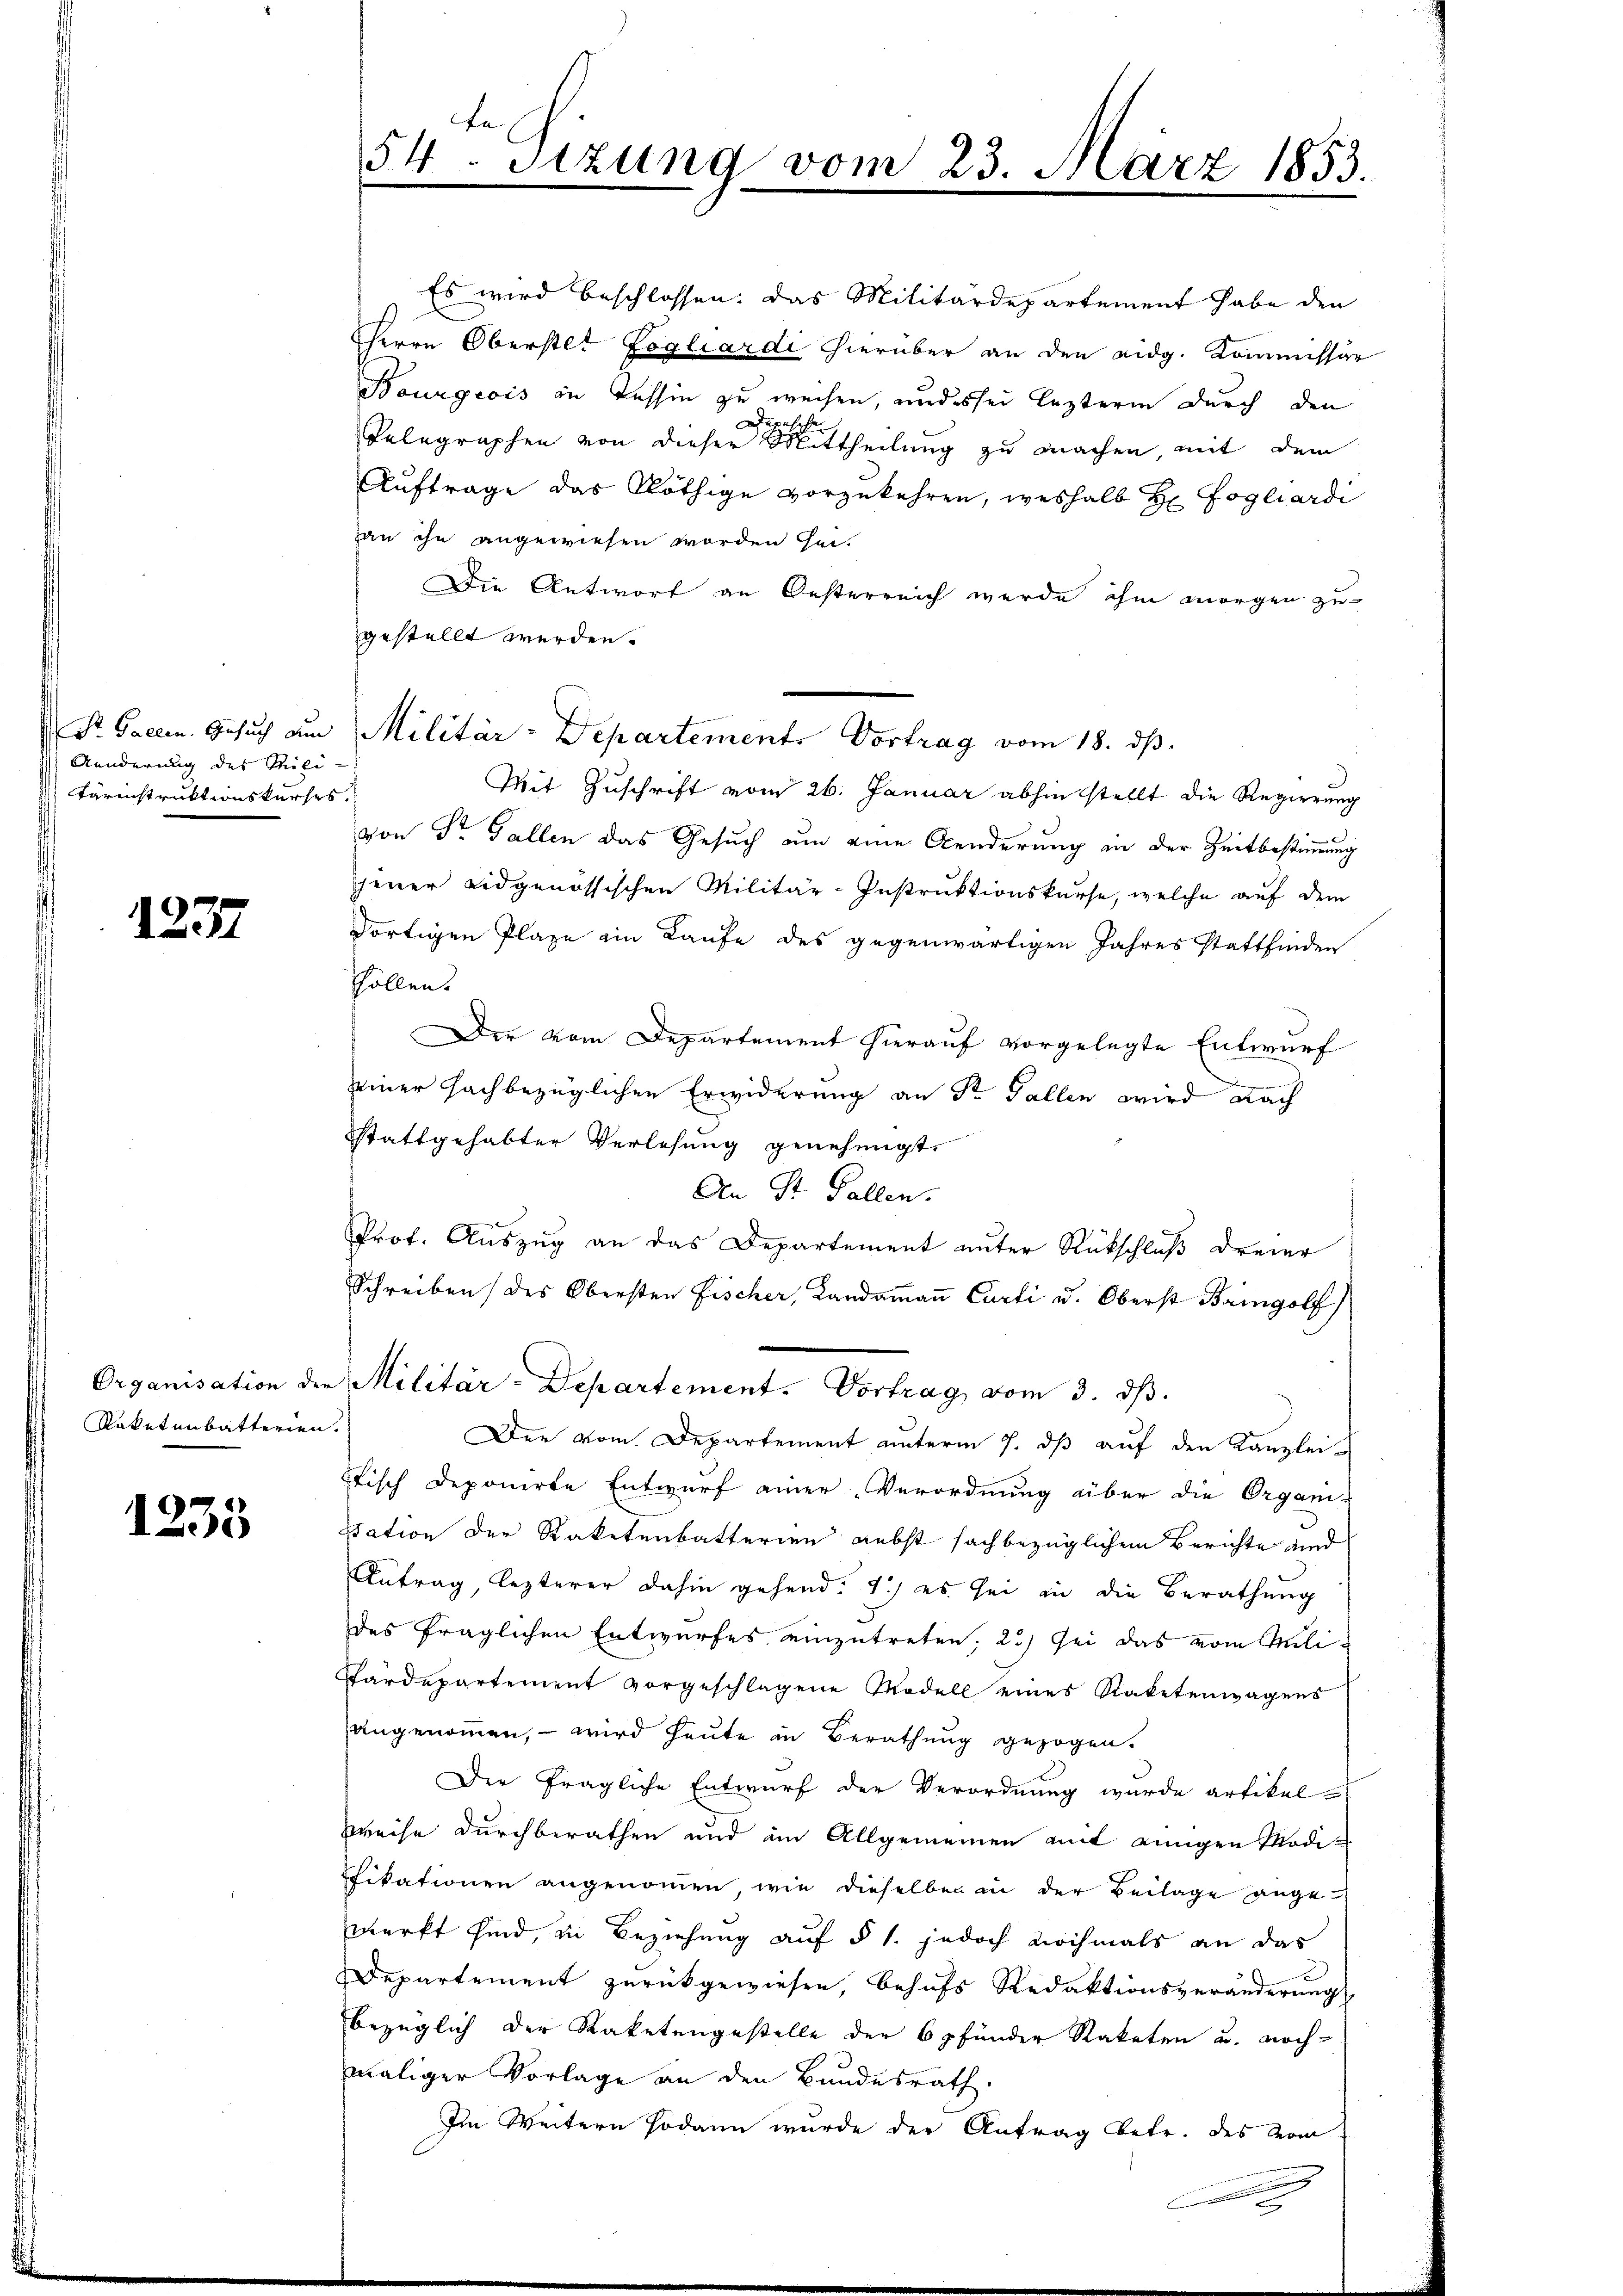
Aenderung des Mili¬
Färinstruktionskurses.

1237

Organisation der
Raketenbatterien

1235

Es wird beschlossen: das Militärdepartement habe den
HHerrn Oberstet Zogliardi hierüber an den eidg. Kommissär
Bourgeois in Tessin zu weisen, und es sei lezterm durch den
Telegraphen von dieser rittheilung zu machen, mit dem
Auftrage das Nöthige vorzukehren, weshalb H Fogliardi
zau ihn angewiesen worden hat.
Die Antwort an Oesterreich werde ihm morgen zu
gestellt werden.
Mit Zuschrift vom 26. Januar abhin stellt die Regierung
von Dr. Gallen das Gesuch um eine Aenderung in der Zeitbestimmung
jener eidgenössischen Militär-Instruktionskurse, welche auf dem
dortigen Plaze ein Laufe des gegenwärtigen Jahres stattfinden
hollen.
Der vom Departement hierauf vorgelegte Entwurf
einer fachbezüglichen Erwiderung an Sr. Fallen wird nach
stattgehabter Verlesung genehmigt.
An St. Gallen.
Prof. Auszug an das Departement unter Rückschluß dreier
Schreiben des Obersten Fischer, Landaṁaṅ Curti u. Oberst Bringolf)
a Militär-Departement. Vortrag vom 3. ds.
2.
Der vom Departement unterm 7. dβ aŭf den Kanzlei-
Fisch deponirte Entwurf einer Verordnung über die Organi-
ssation der Raketenbatterien nebst sachbezüglichem Berichte und
Antrag, lezterer dahin gehend: 1) es sei in die Berathung
des fraglichen Entwurfes einzutreten; 2.) Sei das vom Mili¬
Särdepartement vorgeschlagene Modell eines Raketenwagens
angenommen, – wird heute in Berathung gezogen.
Der fragliche Entwurf der Verordnung wurde artikel-
Weise durchberathen und im Allgemeinen mit einigen Modifikationen angenommen, wie dieselben in der Beilage angewerkt sind, in Beziehung auf § 1. jedoch nochmals an das
Departement zurückgewiesen, behufs Redaktionsveränderung
bezüglich der Raketengestelle der 6 pfänder Raketen u. noch-
maliger Vorlage an den Bundesrath.
Im Weitern sodann wurde der Antrag betr. des vom
C

Fe
54. Sitzung vom 23. März 1853.
.

Dr. Gallen. Gesuch am Militär-Departement. Vortrag vom 18. ds.